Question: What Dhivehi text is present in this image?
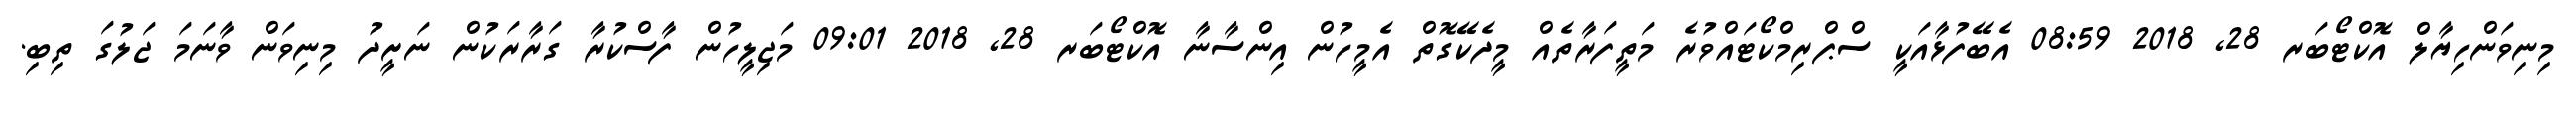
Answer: މިނިވަންހިޔާލް އޮކްޓޯބަރ 28, 2018 08:59 އެބޭފުޅާއަކީ ސްޕްރިމްކޯޓައްވުރެ މަތީފަރާތެއް މީދެކޭގޮތް އެމީހުން އިންސާނާ އޮކްޓޯބަރ 28, 2018 09:01 މަޖިލީހުން ފާސްކުރާ ގަރާރަކުން ނަށީދު މިނިވަން ވާނަމަ ޖަލުގަ ތިބި.